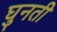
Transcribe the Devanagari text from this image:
घुनती